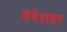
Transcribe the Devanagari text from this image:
संदेशहर